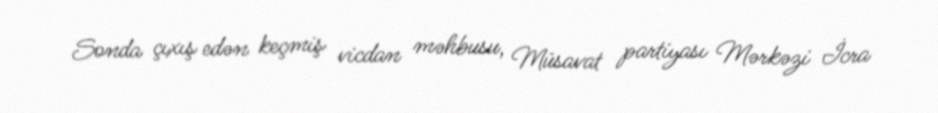
Sonda çıxış edən keçmiş vicdan məhbusu, Müsavat partiyası Mərkəzi İcra